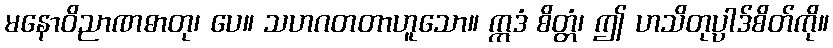
မနောဝိညာဏဓာတု၊ ပေ။ သဟဂတတာဟူသော။ ဣဒံ စိတ္တံ၊ ဤ ဟသိတုပ္ပါဒ်စိတ်ကို။